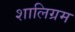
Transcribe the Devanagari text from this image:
शालिग्रम